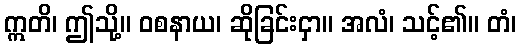
ဣတိ၊ ဤသို့။ ဝစနာယ၊ ဆိုခြင်းငှာ။ အလံ၊ သင့်၏။ တံ၊